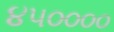
૪૫૦૦૦૦